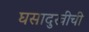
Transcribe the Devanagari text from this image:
घसादुखीची